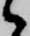
候